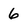
Character: 6